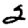
Digit: 2